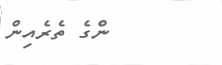
ންގެ ތެރެއިން